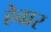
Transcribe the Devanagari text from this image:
हेवार